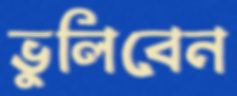
ভুলিবেন